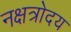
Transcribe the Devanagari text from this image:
नक्षत्रोदय